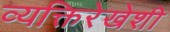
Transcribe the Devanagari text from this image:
व्यक्तिरेखेशी